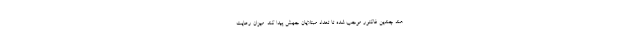
هند چندین فاکتور موجب شده تا تعداد مبتلایان جهش پیدا کند. میزان رعایت